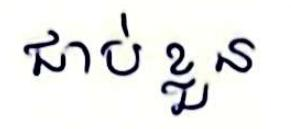
ជាប់ខ្លួន